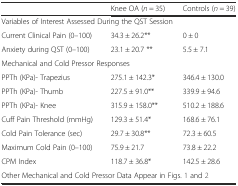
|  | Knee OA (n = 35) | Controls (n = 39) |
 | --- | --- | --- |
 | <COLSPAN=3> Variables of Interest Assessed During the QST Session |
 | Current Clinical Pain (0–100) | 34.3 ± 26.2** | 0 ± 0 |
 | Anxiety during QST (0–100) | 23.1 ± 20.7 ** | 5.5 ± 7.1 |
 | <COLSPAN=3> Mechanical and Cold Pressor Responses |
 | PPTh (KPa)- Trapezius | 275.1 ± 142.3* | 346.4 ± 130.0 |
 | PPTh (KPa)- Thumb | 227.5 ± 91.0** | 339.9 ± 94.6 |
 | PPTh (KPa)- Knee | 315.9 ± 158.0** | 510.2 ± 188.6 |
 | Cuff Pain Threshold (mmHg) | 129.3 ± 51.4* | 168.6 ± 76.1 |
 | Cold Pain Tolerance (sec) | 29.7 ± 30.8** | 72.3 ± 60.5 |
 | Maximum Cold Pain (0–100) | 75.9 ± 21.7 | 73.8 ± 22.2 |
 | CPM Index | 118.7 ± 36.8* | 142.5 ± 28.6 |
 | <COLSPAN=3> Other Mechanical and Cold Pressor Data Appear in Figs. 1 and 2 |